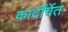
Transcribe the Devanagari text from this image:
कांदाँर्चेत